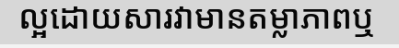
ល្អដោយសារវាមានតម្លាភាពឬ